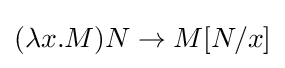
(\lambda x.M)N\to M[N/x]